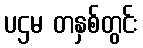
ပဌမ တနှစ်တွင်း